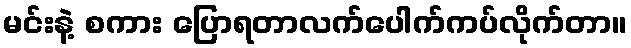
မင်းနဲ့ စကား ပြောရတာလက်ပေါက်ကပ်လိုက်တာ။